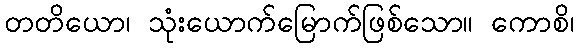
တတိယော၊ သုံးယောက်မြောက်ဖြစ်သော။ ကောစိ၊